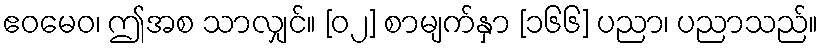
ဧဝမေဝ၊ ဤအစ သာလျှင်။ [၀၂] စာမျက်နှာ [၁၆၆] ပညာ၊ ပညာသည်။